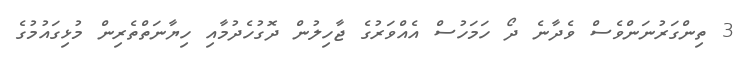
3 ތިންގަރުނަންވެސް ވެދާނެ ދޯ ހަމަހުސް އެއްވަރުގެ ޖާހިލުން ދޮގުހެދުމާއި ހިޔާނަތްތެރިން މުޅިގައުމުގެ